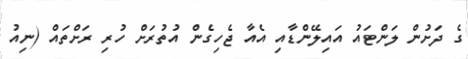
ގެ ދަށުން ލަންޓައު އައިލޭންޑާއި އެއާ ޖެހިގެން އުތުރަށް ހުރި ރަށްތައް (ނިއު